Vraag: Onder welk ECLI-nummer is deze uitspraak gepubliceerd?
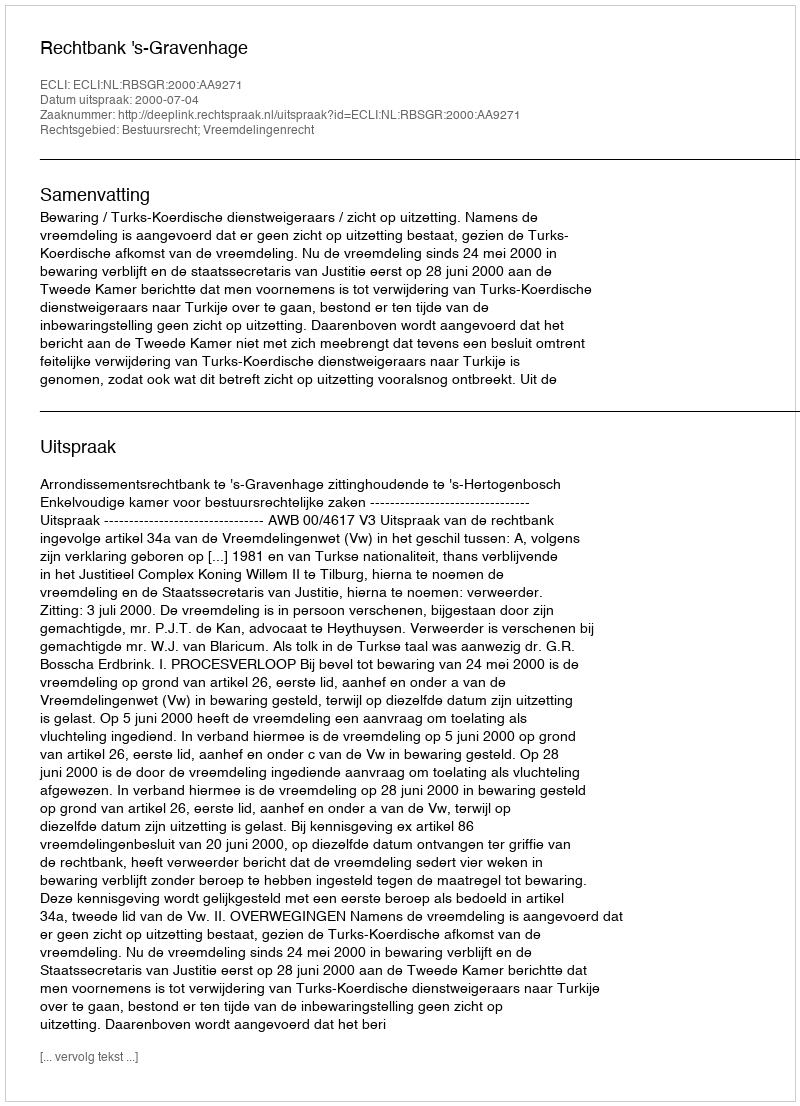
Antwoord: ECLI:NL:RBSGR:2000:AA9271